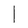
Character: l